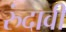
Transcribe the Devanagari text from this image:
रुंदावी